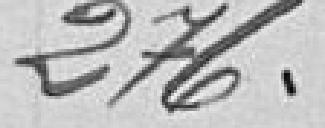
276